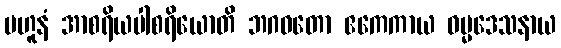
ဗဟူနံ အာစရိယပါစရိယောတိ ဘဂဝတော ဧကေကာယ ဓမ္မဒေသနာယ